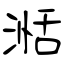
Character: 湉